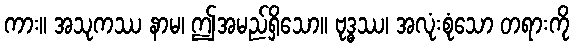
ကား။ အသုကဿ နာမ၊ ဤအမည်ရှိသော။ ဗုဒ္ဓဿ၊ အလုံးစုံသော တရားကို